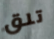
تلق